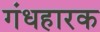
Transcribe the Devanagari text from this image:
गंधहारक